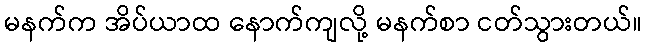
မနက်က အိပ်ယာထ နောက်ကျလို့ မနက်စာ ငတ်သွားတယ်။